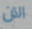
الآن